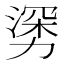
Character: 𰜯